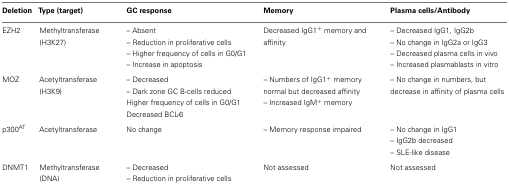
| Deletion | Type (target) | GC response | Memory | Plasma cells/Antibody |
 | --- | --- | --- | --- | --- |
 | EZH2 | Methyltransferase (H3K27) | – Absent – Reduction in proliferative cells – Higher frequency of cells in G0/G1 – Increase in apoptosis | Decreased IgG1+ memory and affinity | – Decreased IgG1, IgG2b – No change in IgG2a or IgG3 – Decreased plasma cells in vivo – Increased plasmablasts in vitro |
 | MOZ | Acetyltransferase (H3K9) | – Decreased – Dark zone GC B-cells reduced Higher frequency of cells in G0/G1 Decreased BCL-6 | – Numbers of IgG1+ memory normal but decreased affinity – Increased IgM+ memory | – No change in numbers, but decrease in affinity of plasma cells |
 | p300AT | Acetyltransferase | No change | – Memory response impaired | – No change in IgG1 – IgG2b decreased – SLE-like disease |
 | DNMT1 | Methyltransferase (DNA) | – Decreased – Reduction in proliferative cells | Not assessed | Not assessed |